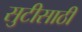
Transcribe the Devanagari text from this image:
सुटीसाठी